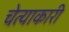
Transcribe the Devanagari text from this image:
चेत्याकारी